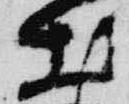
出